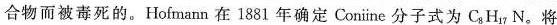
合物而被毒死的。Hofmann 在1881年确定 Coniine 分子式为 C_{8}H_{17}N。将